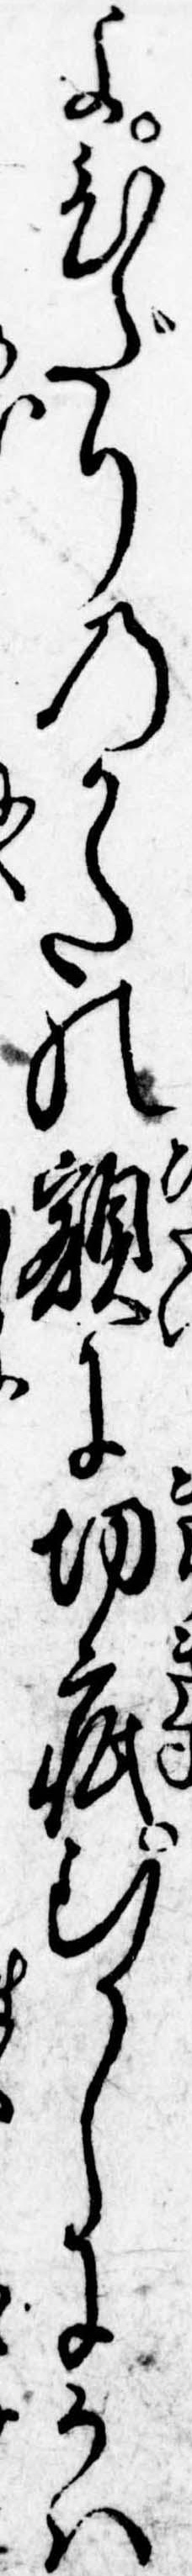
よひだりのかたの額に切疵むかしにかは